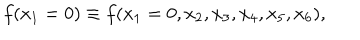
LaTeX: f ( x _ { 1 } = 0 ) \equiv f ( x _ { 1 } = 0 , x _ { 2 } , x _ { 3 } , x _ { 4 } , x _ { 5 } , x _ { 6 } ) ,